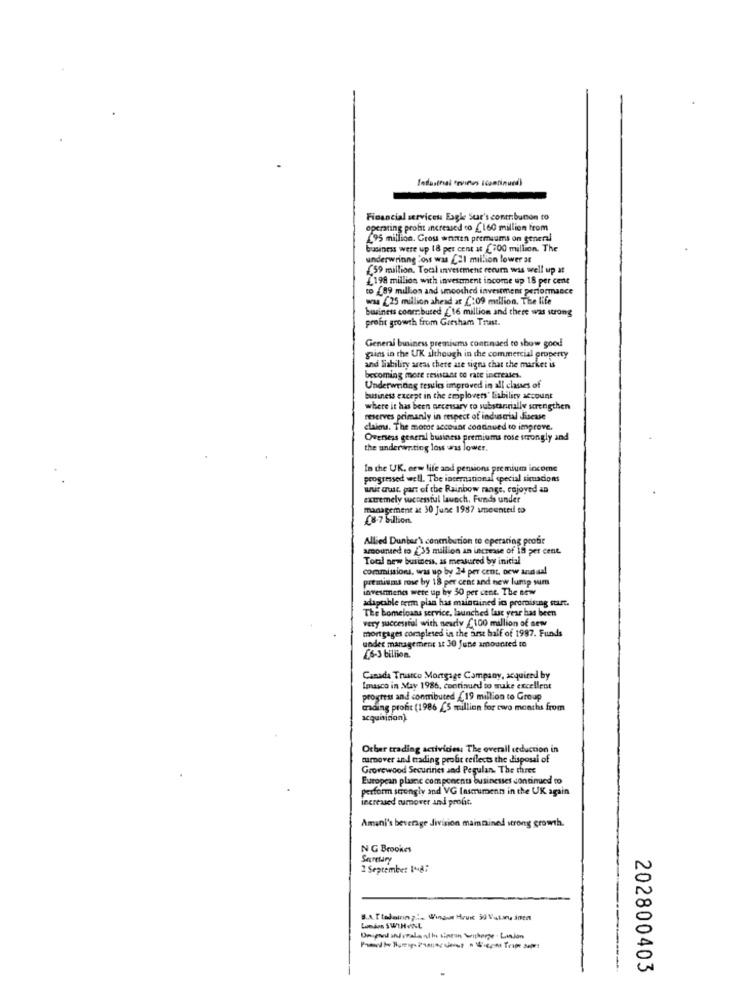
Industrial frvines Icontinued)
Financial services Eagle Sur's contribucon to
operating profit increased to _160 million from
295 million. Grou wanten premiums on general
business were up 18 per cent at (700 million. The
underwrinng :oss was 21 million lower at
£59 million. Tocal investment rerum was well up at
1198 million with investment income up 18 per cent
to (89 million and smoothed investment performance
was (25 million ahead at :09 million. The life
business conrr.buced £16 million and there was strong
profit growth from Gresham Trust.
General business premiums continued to show good
gains in the UK although in the commercial property
and liability areas there ate signs chat the market is
becoming more resistant to rate increases.
Underwriting testles improved in all classes of
business except in the emplovers" liability account
where it has been necessary ro substantially strengthen
reserves primanly in respect of industrial disease
claims. The more account continued to improve.
Overseas general business premiums rose strongly and
the underwriting loss was lower,
In the UK. cew life and pensions premium income
progressed well. The international special simacions
unit wust. part of the Rainbow range, enjoyed an
extremely successful launch. Funds under
management at 30 June 1987 smeenteil to
08-7 billion
Allied Dunbar'\ conenbution to operating profit
amounted to {"35 million an increase of 18 per cent.
Total new business, as measured by inicial
commissions, was up by 24 per cent, oew and aal
premiums rose by 18 per cent and new lump sum
investments were up by 50 per cent. The new
adaptable term plan has maintained ic promising start.
The homeloans service, launched last year has been
very successful with nearly £100 million of new
mortgages completed in the arst half of 1987. Funds
under management it 30 June amounted to
[6-3 billion.
Canada Trustco Mortgage Company, acquired by
Imasco in May 1986, continued to make excellent
progress and contributed £19 million to Group
Grading profit (1986 £5 million for two months from
acquninon)
Other trading activities: The overall reduction in
mumover and trading profit reflects the disposal of
Grovewood Securinet and Pegulan. The three
European plastic components businesses continued to
Perform strongly and VG Insmiment in the UK again
increased tumover and profit.
Amani's beverage division maintained strong growth.
N G Brookes
Secretary
2 September 148;
B.A.T tedairing :. Wina Hrux 50 Vatan inen
202800403